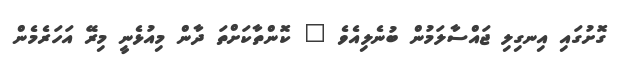
ގޮށުގައި އިނގިލި ޖައްސާލަމުން ބުނެލިއެވެ " ކޮންތާކަށްތަ ދާން މިއުޅެނީ މިރޭ އަހަރެމެން